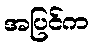
အပြင်က